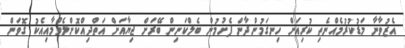
އެޒުވާނާ މަޑުކުރުމެއްނެތި ކުރިއަށް ހިނގަމުންދާން ފެށުމުން ބެލްކަނިން ބޭރަށް ޖިޔާއަށް އަތްދިއްކޮށްލެވުމާއިއެކު ގޮވަން